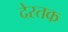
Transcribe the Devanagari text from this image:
देरतक